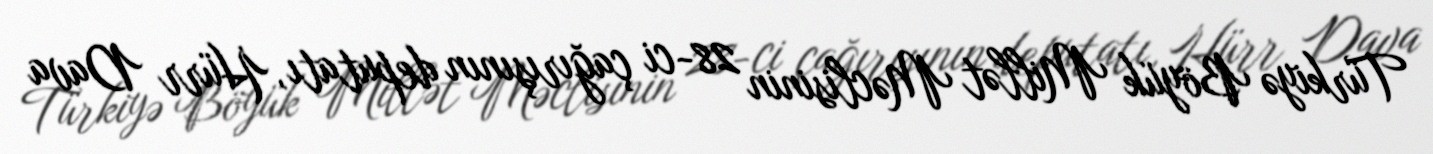
Türkiyə Böyük Millət Məclisinin 28-ci çağırışının deputatı, Hürr Dava